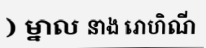
) ម្នាល នាង រោហិណី